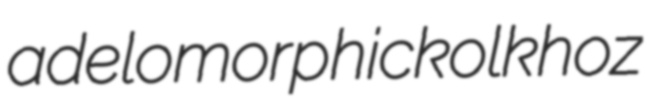
adelomorphic kolkhoz